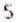
5